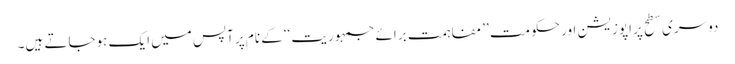
دوسری سطح پر اپوزیشن اور حکومت ’’مفاہمت برائے جمہوریت ‘‘کے نام پر آپس میں ایک ہوجاتے ہیں۔